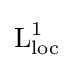
{\text{L}}_{\text{loc}}^{1}